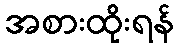
အစားထိုးရန်